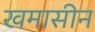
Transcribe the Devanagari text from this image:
खमासीन